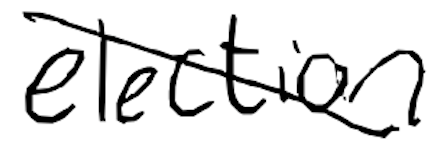
Text: election
Cross-out: mix
Writing tool: digital_black